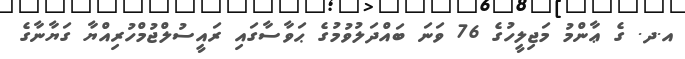
އ.ދ. ގެ ޢާންމު މަޖިލީހުގެ 76 ވަނަ ބައްދަލުވުމުގެ ޙަވާސާގައި ރައީސުލްޖުމްހުރިއްޔާ ގަޔާނާގެ